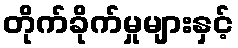
တိုက်ခိုက်မှုများနှင့်